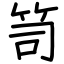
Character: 笥